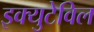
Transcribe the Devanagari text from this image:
इक्युटेविल